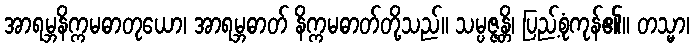
အာရမ္ဘနိက္ကမဓာတုယော၊ အာရမ္ဘဓာတ် နိက္ကမဓာတ်တို့သည်။ သမ္ပဇ္ဇန္တိ၊ ပြည့်စုံကုန်၏။ တသ္မာ၊